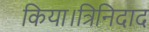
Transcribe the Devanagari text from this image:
किया।त्रिनिदाद